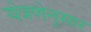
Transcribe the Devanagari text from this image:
यंत्रणेनुसार